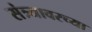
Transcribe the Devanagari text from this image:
संत्र्यावरच्या